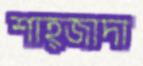
শাহ্‌জাদা